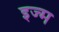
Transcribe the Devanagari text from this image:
इज्म